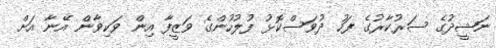
ނަޝީދުގެ ސަރުކާރުގެ ފަހު ދުވަސްކޮޅު ފުލުހުންގެ ވަޒީފާ އިން ވަކިވާން އޭނާ އަށް